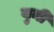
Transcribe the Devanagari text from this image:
युमी